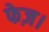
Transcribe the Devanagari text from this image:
फेज़।